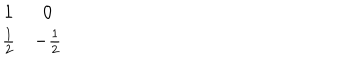
LaTeX: \begin{matrix} { { 1 } } & { { 0 } } \\ { { { \frac { 1 } { 2 } } } } & { { - { \frac { 1 } { 2 } } } } \\ \end{matrix}